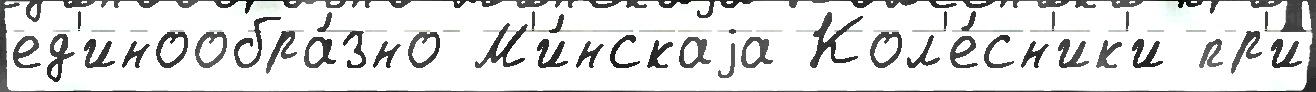
ед'инообра́зно М'и́нскаjа Кол'е́сн'ик'и пр'и